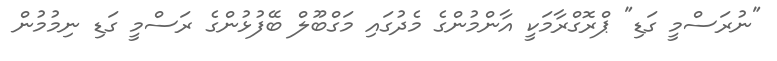
"ނުރަސްމީ ގަޑި" ޕްރޮގްރާމަކީ އާންމުންގެ މެދުގައި މަގްބޫލް ބޭފުޅުންގެ ރަސްމީ ގަޑި ނިމުމުން